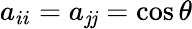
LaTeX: a_{ii}=a_{\mathit{j}\mathit{j}}=\cos\theta